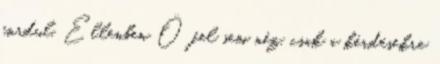
fordul. Ellenben Ő fel sem néz, csak a kérdésekre